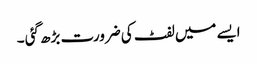
ایسے میں لفٹ کی ضرورت بڑھ گئی ۔